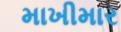
માખીમાર